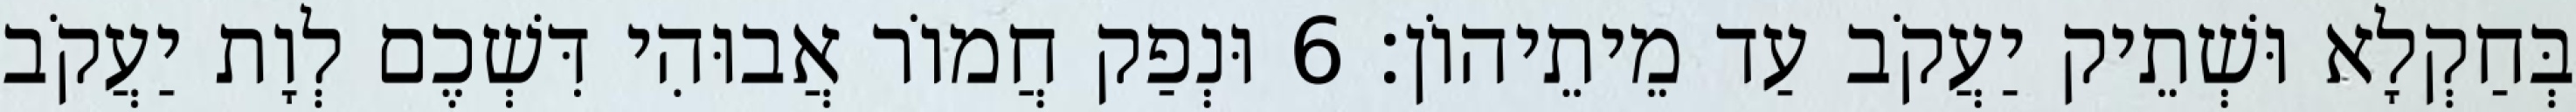
בְּחַקְלָא וּשְׁתֵיק יַעֲקֹב עַד מֵיתֵיהוֹן׃ 6 וּנְפַק חֲמוֹר אֲבוּהִי דִּשְׁכֶם לְוָת יַעֲקֹב